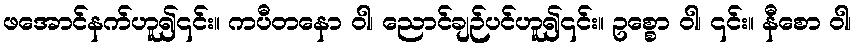
ဖအောင်နက်ဟူ၍၎င်း။ ကပီတနော ဝါ၊ ညောင်ချဉ်ပင်ဟူ၍၎င်း။ ဥစ္စော ဝါ၊ ၎င်း။ နီစော ဝါ၊